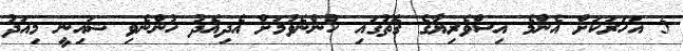
5 އަހަރަކަށް އެންމެ އިސްވެރިޔާގެ ގޮތުގައި ހުންނެވުމަށް އެދިއެދު ހުންނެވި ޝައިނީ މިއަދު